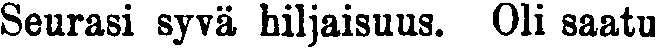
Seurasi syvä hiljaisuus. Oli saatu